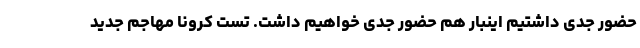
حضور جدی داشتیم اینبار هم حضور جدی خواهیم داشت. تست کرونا مهاجم جدید